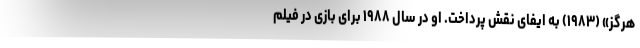
هرگز» (۱۹۸۳) به ایفای نقش پرداخت. او در سال ۱۹۸۸ برای بازی در فیلم